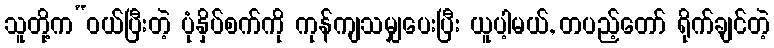
သူတို့က“ဝယ်ပြီးတဲ့ ပုံနှိပ်စက်ကို ကုန်ကျသမျှပေးပြီး ယူပါ့မယ်, တပည့်တော် ရိုက်ချင်တဲ့